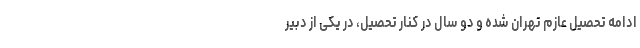
ادامه تحصیل عازم تهران شده و دو سال در کنار تحصیل، در یکی از دبیر